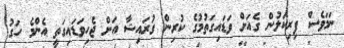
ނަމަވެސް ފިރިކަލުން ގެއަށް ވަޑައިގަތުމުގެ ކުރިން ގުރައިޝާ އަށް ޖެހިވަޑައިގަތީ އެންމެ ހަގު